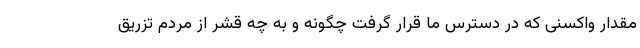
مقدار واکسنی که در دسترس ما قرار گرفت چگونه و به چه قشر از مردم تزریق